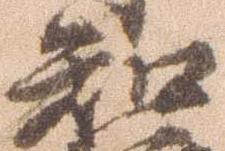
知